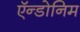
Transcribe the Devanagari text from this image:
ऍन्डोनिम